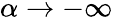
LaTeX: \alpha\rightarrow-\infty